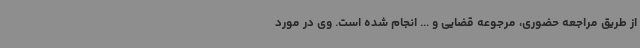
از طریق مراجعه حضوری، مرجوعه قضایی و ... انجام شده است. وی در مورد